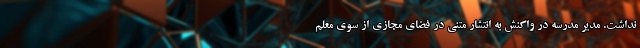
نداشت. مدیر مدرسه در واکنش به انتشار متنی در فضای مجازی از سوی معلم